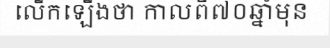
លើកឡើងថា កាលពី៧០ឆ្នាំមុន